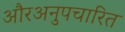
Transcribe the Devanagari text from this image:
औरअनुपचारित